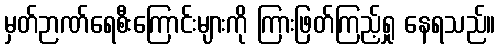
မှတ်ဉာဏ်ရေစီးကြောင်းများကို ကြားဖြတ်ကြည့်ရှု နေရသည်။